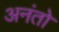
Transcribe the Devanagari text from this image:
अनंतो